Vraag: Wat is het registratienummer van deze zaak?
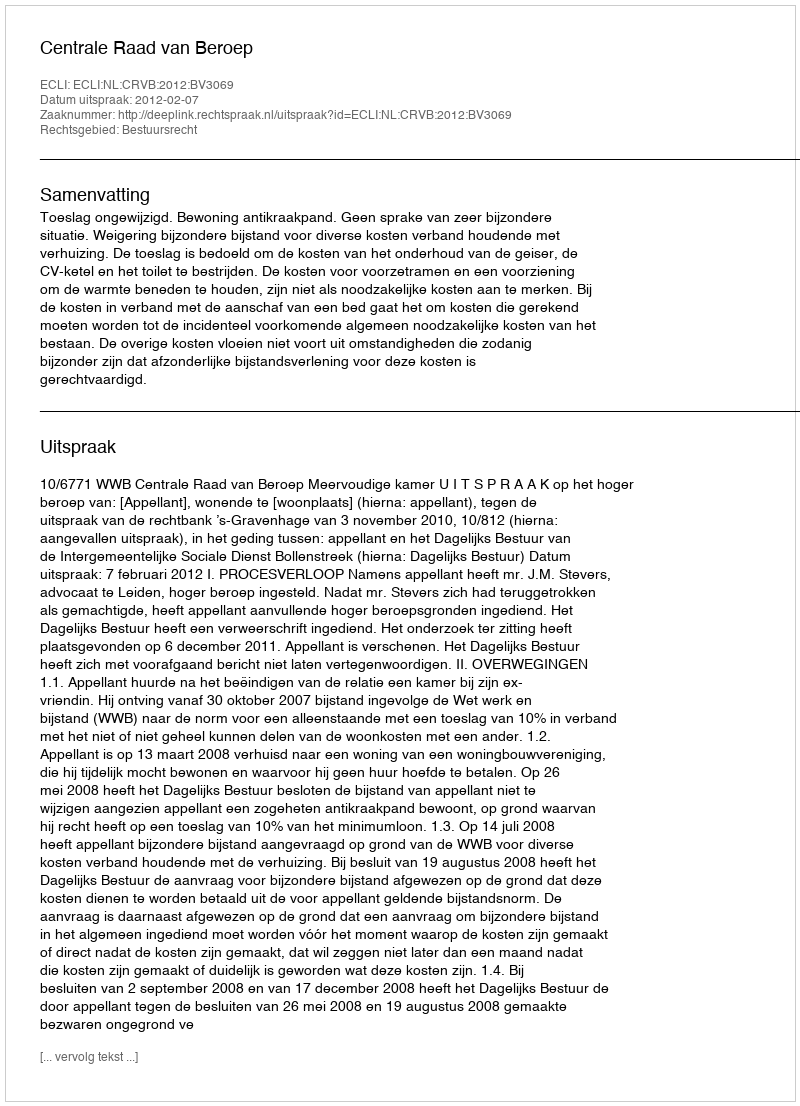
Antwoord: http://deeplink.rechtspraak.nl/uitspraak?id=ECLI:NL:CRVB:2012:BV3069